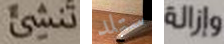
تنشئ ستلد وإزالة